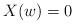
LaTeX: \begin{align*}X(w) = 0 \end{align*}